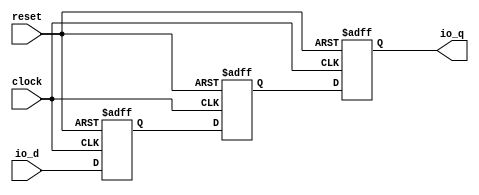
module InferredResetSynchronizerPrimitiveShiftReg_d3_i0( // @[:freechips.rocketchip.system.DefaultRV32Config.fir@232277.2]
  input   clock, // @[:freechips.rocketchip.system.DefaultRV32Config.fir@232278.4]
  input   reset, // @[:freechips.rocketchip.system.DefaultRV32Config.fir@232279.4]
  input   io_d, // @[:freechips.rocketchip.system.DefaultRV32Config.fir@232280.4]
  output  io_q // @[:freechips.rocketchip.system.DefaultRV32Config.fir@232280.4]
);
`ifdef RANDOMIZE_REG_INIT
  reg [31:0] _RAND_0;
  reg [31:0] _RAND_1;
  reg [31:0] _RAND_2;
`endif // RANDOMIZE_REG_INIT
  reg  sync_0; // @[SynchronizerReg.scala 59:89:freechips.rocketchip.system.DefaultRV32Config.fir@232282.4]
  reg  sync_1; // @[SynchronizerReg.scala 59:89:freechips.rocketchip.system.DefaultRV32Config.fir@232283.4]
  reg  sync_2; // @[SynchronizerReg.scala 59:89:freechips.rocketchip.system.DefaultRV32Config.fir@232284.4]
  assign io_q = sync_0; // @[SynchronizerReg.scala 67:10:freechips.rocketchip.system.DefaultRV32Config.fir@232289.4]
`ifdef RANDOMIZE_GARBAGE_ASSIGN
`define RANDOMIZE
`endif
`ifdef RANDOMIZE_INVALID_ASSIGN
`define RANDOMIZE
`endif
`ifdef RANDOMIZE_REG_INIT
`define RANDOMIZE
`endif
`ifdef RANDOMIZE_MEM_INIT
`define RANDOMIZE
`endif
`ifndef RANDOM
`define RANDOM $random
`endif
`ifdef RANDOMIZE_MEM_INIT
  integer initvar;
`endif
`ifndef SYNTHESIS
`ifdef FIRRTL_BEFORE_INITIAL
`FIRRTL_BEFORE_INITIAL
`endif
initial begin
  `ifdef RANDOMIZE
    `ifdef INIT_RANDOM
      `INIT_RANDOM
    `endif
    `ifndef VERILATOR
      `ifdef RANDOMIZE_DELAY
        #`RANDOMIZE_DELAY begin end
      `else
        #0.002 begin end
      `endif
    `endif
`ifdef RANDOMIZE_REG_INIT
  _RAND_0 = {1{`RANDOM}};
  sync_0 = _RAND_0[0:0];
  _RAND_1 = {1{`RANDOM}};
  sync_1 = _RAND_1[0:0];
  _RAND_2 = {1{`RANDOM}};
  sync_2 = _RAND_2[0:0];
`endif // RANDOMIZE_REG_INIT
  if (reset) begin
    sync_0 = 1'h0;
  end
  if (reset) begin
    sync_1 = 1'h0;
  end
  if (reset) begin
    sync_2 = 1'h0;
  end
  `endif // RANDOMIZE
end // initial
`ifdef FIRRTL_AFTER_INITIAL
`FIRRTL_AFTER_INITIAL
`endif
`endif // SYNTHESIS
  always @(posedge clock or posedge reset) begin
    if (reset) begin
      sync_0 <= 1'h0;
    end else begin
      sync_0 <= sync_1;
    end
  end
  always @(posedge clock or posedge reset) begin
    if (reset) begin
      sync_1 <= 1'h0;
    end else begin
      sync_1 <= sync_2;
    end
  end
  always @(posedge clock or posedge reset) begin
    if (reset) begin
      sync_2 <= 1'h0;
    end else begin
      sync_2 <= io_d;
    end
  end
endmodule